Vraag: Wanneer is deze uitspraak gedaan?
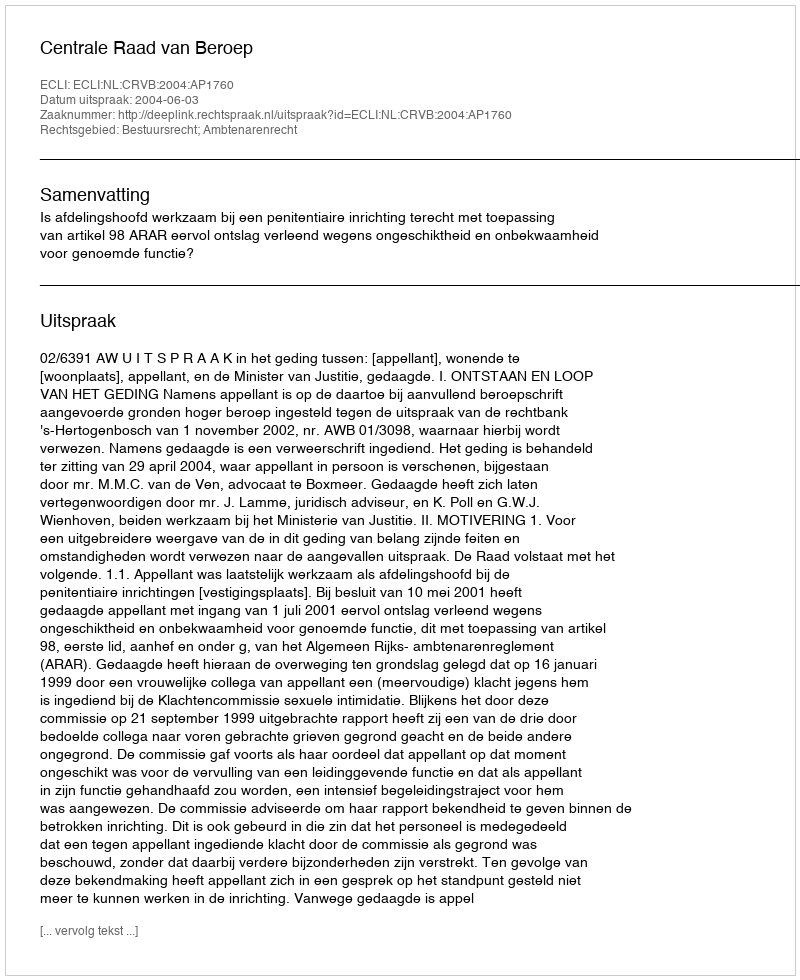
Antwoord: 2004-06-03